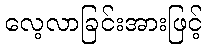
လေ့လာခြင်းအားဖြင့်